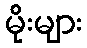
မိုးများ